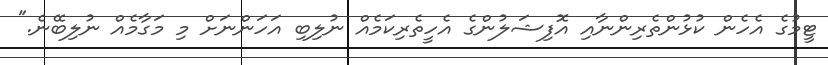
ޓީމުގެ އެހެން ކުޅުންތެރިންނާއި އޮފިޝަލުންގެ އެހީތެރިކަމެއް ނުލިބި އަހަންނަށް މި މަގާމެއް ނުލިބޭނެ."